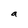
Character: a